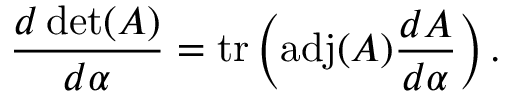
{ \frac { d \operatorname* { d e t } ( A ) } { d \alpha } } = \operatorname { t r } \left( \operatorname { a d j } ( A ) { \frac { d A } { d \alpha } } \right) .